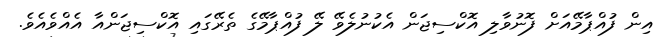
އިން ފުއްޕާމޭއަށް ފޮނުވާލި އޮކްސިޖަން އެކުނުލެވޭ ލޭ ފުއްޕާމޭގެ ތެރޭގައި އޮކްސިޖަންއާ އެއްވެއެވެ.